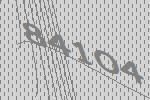
84104